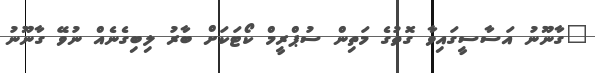
"ގާނޫނު އަސާސީގައިވާ ގޮތުގެ މަތިން ސުޕްރީމް ކޯޓަކަށް ބާރު ލިބިގެނެއް ނުވޭ ގާނޫނު